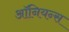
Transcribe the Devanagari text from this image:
ऑनियन्स